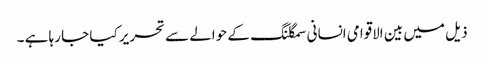
ذیل میں بین الاقوامی انسانی سمگلنگ کے حوالے سے تحریر کیا جا رہا ہے ۔